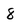
Character: 8